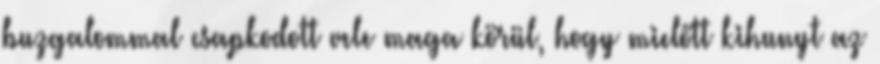
buzgalommal csapkodott vele maga körül, hogy mielőtt kihunyt az